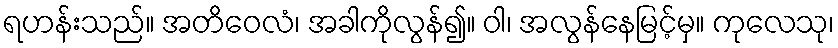
ရဟန်းသည်။ အတိဝေလံ၊ အခါကိုလွန်၍။ ဝါ၊ အလွန်နေမြင့်မှ။ ကုလေသု၊